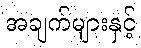
အချက်များနှင့်